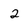
Character: 2